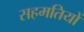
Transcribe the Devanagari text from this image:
सहमतियों